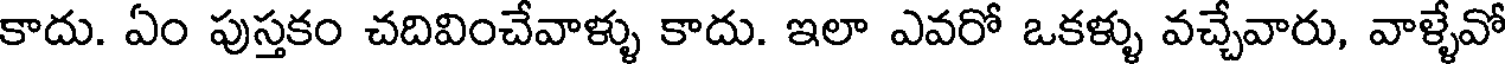
కాదు. ఏం పుస్తకం చదివించేవాళ్ళు కాదు. ఇలా ఎవరో ఒకళ్ళు వచ్చేవారు, వాళ్ళేవో